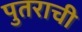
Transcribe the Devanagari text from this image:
पुतराची